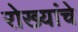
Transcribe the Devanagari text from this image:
रोख्यांचे